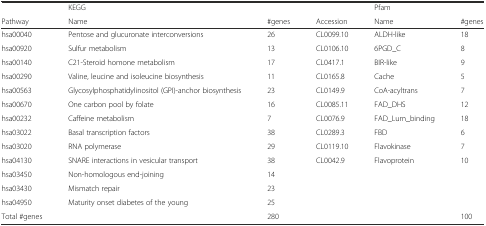
|  | KEGG |  |  | Pfam |  |
 | Pathway | Name | #genes | Accession | Name | #genes |
 | --- | --- | --- | --- | --- | --- |
 | hsa00040 | Pentose and glucuronate interconversions | 26 | CL0099.10 | ALDH-like | 18 |
 | hsa00920 | Sulfur metabolism | 13 | CL0106.10 | 6PGD_C | 8 |
 | hsa00140 | C21-Steroid homone metabolism | 17 | CL0417.1 | BIR-like | 9 |
 | hsa00290 | Valine, leucine and isoleucine biosynthesis | 11 | CL0165.8 | Cache | 5 |
 | hsa00563 | Glycosylphosphatidylinositol (GPI)-anchor biosynthesis | 23 | CL0149.9 | CoA-acyltrans | 7 |
 | hsa00670 | One carbon pool by folate | 16 | CL0085.11 | FAD_DHS | 12 |
 | hsa00232 | Caffeine metabolism | 7 | CL0076.9 | FAD_Lum_binding | 18 |
 | hsa03022 | Basal transcription factors | 38 | CL0289.3 | FBD | 6 |
 | hsa03020 | RNA polymerase | 29 | CL0119.10 | Flavokinase | 7 |
 | hsa04130 | SNARE interactions in vesicular transport | 38 | CL0042.9 | Flavoprotein | 10 |
 | hsa03450 | Non-homologous end-joining | 14 |  |  |  |
 | hsa03430 | Mismatch repair | 23 |  |  |  |
 | hsa04950 | Maturity onset diabetes of the young | 25 |  |  |  |
 | Total #genes |  | 280 |  |  | 100 |